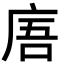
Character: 𢈪